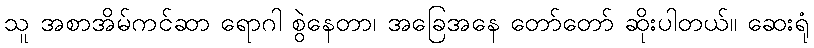
သူ အစာအိမ်ကင်ဆာ ရောဂါ စွဲနေတာ၊ အခြေအနေ တော်တော် ဆိုးပါတယ်။ ဆေးရုံ